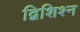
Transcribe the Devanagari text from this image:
द्विशिश्न